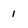
Character: 1